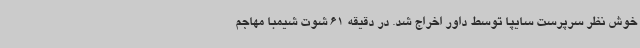
خوش نظر سرپرست سایپا توسط داور اخراج شد. در دقیقه 61 شوت شیمبا مهاجم